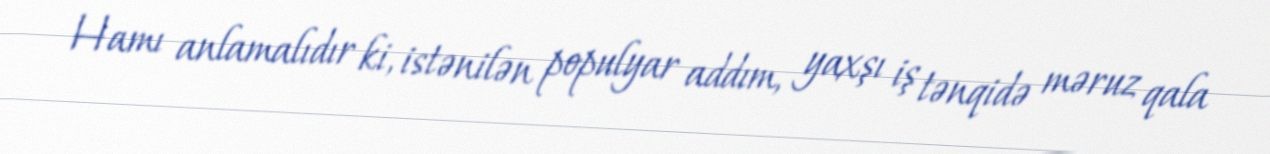
Hamı anlamalıdır ki, istənilən populyar addım, yaxşı iş tənqidə məruz qala